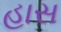
હાસ